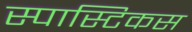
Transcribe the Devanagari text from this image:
स्पास्टिकस